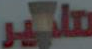
تأجير